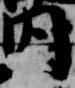
内